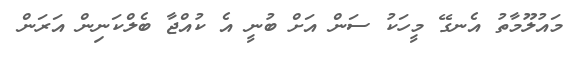
މައުލޫމާތު އެނގޭ މީހަކު ސަން އަށް ބުނީ އެ ކުއްޖާ ބެލްކަނިން އަރަން